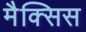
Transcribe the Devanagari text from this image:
मैक्सिस